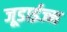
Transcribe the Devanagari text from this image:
जूडाईज्म